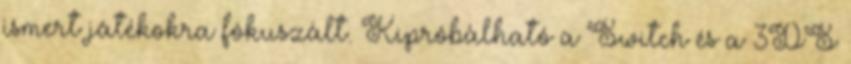
ismert játékokra fókuszált. Kipróbálható a Switch és a 3DS